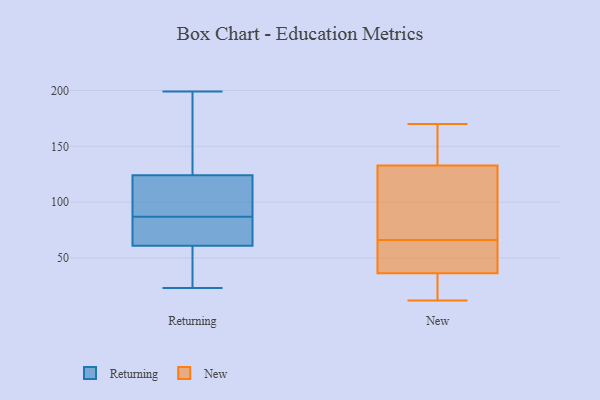
{"axis": {"x": "Conversion Rate (%)", "y": "Value"}, "legend": ["New", "Returning"], "data": [{"x": "", "y": 23, "type": "Returning"}, {"x": "", "y": 74, "type": "Returning"}, {"x": "", "y": 167, "type": "Returning"}, {"x": "", "y": 105, "type": "Returning"}, {"x": "", "y": 58, "type": "Returning"}, {"x": "", "y": 199, "type": "Returning"}, {"x": "", "y": 87, "type": "Returning"}, {"x": "", "y": 62, "type": "Returning"}, {"x": "", "y": 23, "type": "Returning"}, {"x": "", "y": 87, "type": "Returning"}, {"x": "", "y": 88, "type": "Returning"}, {"x": "", "y": 120, "type": "Returning"}, {"x": "", "y": 136, "type": "Returning"}, {"x": "", "y": 51, "type": "New"}, {"x": "", "y": 12, "type": "New"}, {"x": "", "y": 52, "type": "New"}, {"x": "", "y": 82, "type": "New"}, {"x": "", "y": 129, "type": "New"}, {"x": "", "y": 52, "type": "New"}, {"x": "", "y": 165, "type": "New"}, {"x": "", "y": 86, "type": "New"}, {"x": "", "y": 20, "type": "New"}, {"x": "", "y": 134, "type": "New"}, {"x": "", "y": 170, "type": "New"}, {"x": "", "y": 20, "type": "New"}, {"x": "", "y": 32, "type": "New"}, {"x": "", "y": 13, "type": "New"}, {"x": "", "y": 163, "type": "New"}, {"x": "", "y": 66, "type": "New"}, {"x": "", "y": 49, "type": "New"}, {"x": "", "y": 115, "type": "New"}, {"x": "", "y": 146, "type": "New"}]}